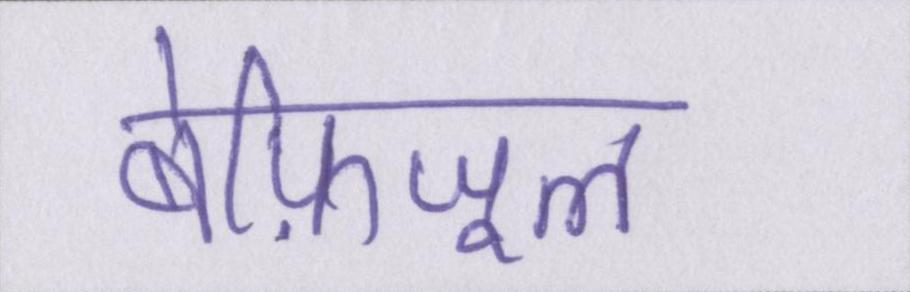
बेफ़िजूल